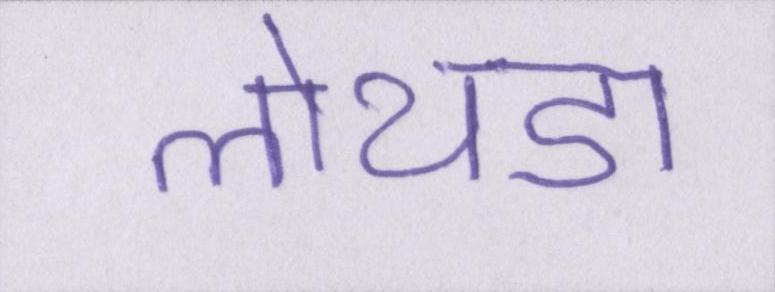
लोथडा